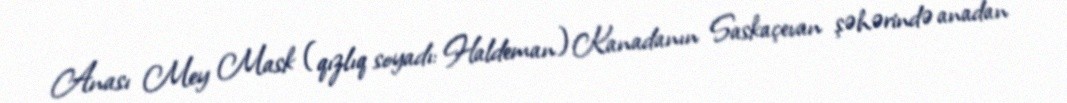
Anası Mey Mask (qızlıq soyadı: Haldeman) Kanadanın Saskaçevan şəhərində anadan